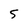
Character: S